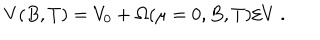
V ( B , T ) = V _ { 0 } + \Omega ( \mu = 0 , B , T ) / V ~ .